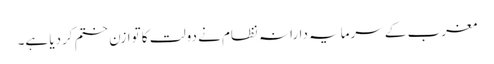
مغرب کے سرمایہ دارانہ نظام نے دولت کا توازن ختم کردیا ہے۔